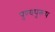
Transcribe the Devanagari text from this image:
पुण्यपुरूष